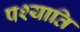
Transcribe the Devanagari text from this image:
पश्याति